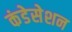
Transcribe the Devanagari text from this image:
कंडेसेशन